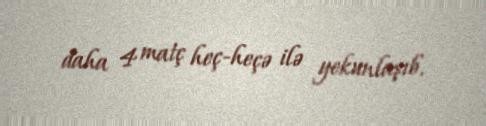
daha 4 matç heç-heçə ilə yekunlaşıb.